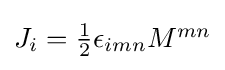
{\textstyle J_{i}={\frac {1}{2}}\epsilon _{imn}M^{mn}}